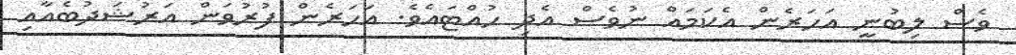
ވެސް ލިބުނީ އަހަރެން އެކަމައް ނުވެސް އެދި ހުއްޓައެވެ. އަހަރެން ފުރުވަން އަރުޝަދުބެއާއި